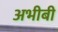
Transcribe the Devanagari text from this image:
अभीबी